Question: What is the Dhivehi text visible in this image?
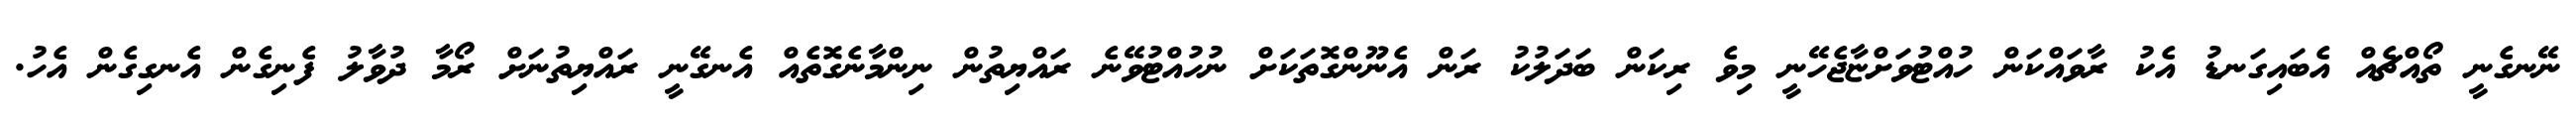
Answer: ނޭނގެނީ ތޯއްޗެއް އެބައިގަނޑު އެކު ރާވައްކަން ހުއްޓުވަށްޏާޖެހޭނީ މިވެ ރިކަން ބަދަލުކު ރަން އެނޫންގޮތަކަށް ނުހުއްޓުވޭނެ ރައްޔިތުން ނިންމާނެގޮތެއް އެނގޭނީ ރައްޔިތުނަށް ރޯމާ ދުވާލު ފެނިގެން އެނގިގެން އެހު.